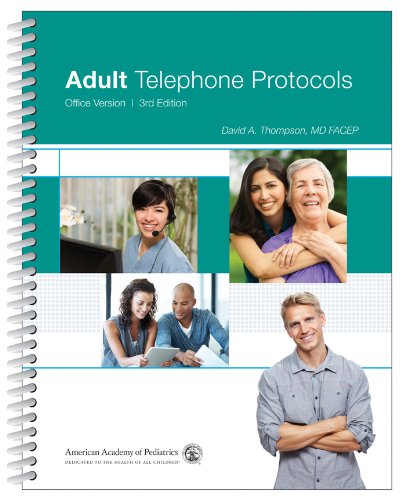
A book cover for Adult Telephone Protocols: Office Version; David A. Thompson MD. FACEP; Medical Books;